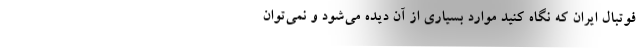
فوتبال ایران که نگاه کنید موارد بسیاری از آن دیده می‌شود و نمی‌توان